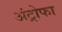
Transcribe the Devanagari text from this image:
अंट्रोफा